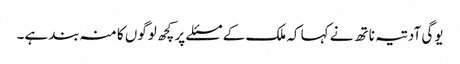
یوگی آدتیہ ناتھ نے کہا کہ ملک کے مسئلے پر کچھ لوگوں کا منہ بند ہے۔